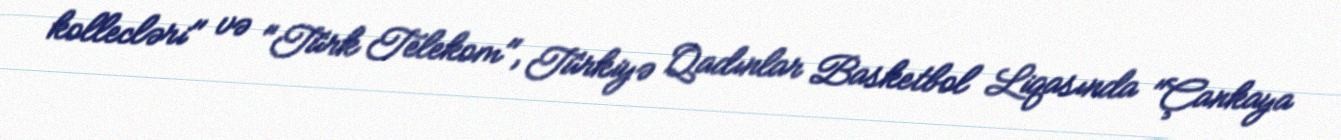
kollecləri" və "Türk Telekom", Türkiyə Qadınlar Basketbol Liqasında "Çankaya